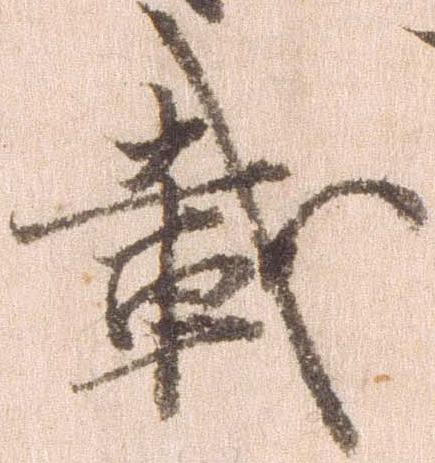
載